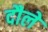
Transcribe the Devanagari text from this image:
दौले